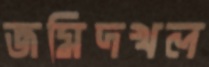
জমিদখল